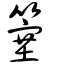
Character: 簺